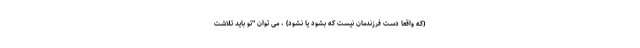
(که واقعاً دست فرزندمان نیست که بشود یا نشود) ، می توان "تو باید تلاشت